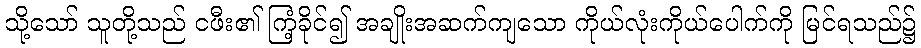
သို့သော် သူတို့သည် ငဖီး၏ ကြံ့ခိုင်၍ အချိုးအဆက်ကျသော ကိုယ်လုံးကိုယ်ပေါက်ကို မြင်ရသည်၌